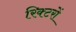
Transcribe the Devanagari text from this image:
रिक्टरों